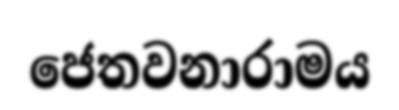
ජෙතවනාරාමය